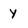
Character: Y